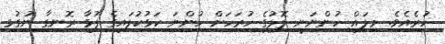
ހުރެއެވެ. މިލައް ހުންނަނީ ލޮލުގެ ހުރަހަށް ހުންނަ ކަޅުކުލައިގެ ފުޅާ ރޮނގާ ނުގުޅި